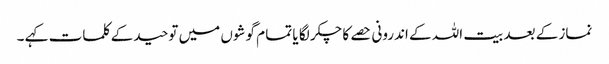
نماز کے بعد بیت اللہ کے اندرونی حصے کا چکر لگا یا تما م گوشوں میں توحید کے کلمات کہے ۔